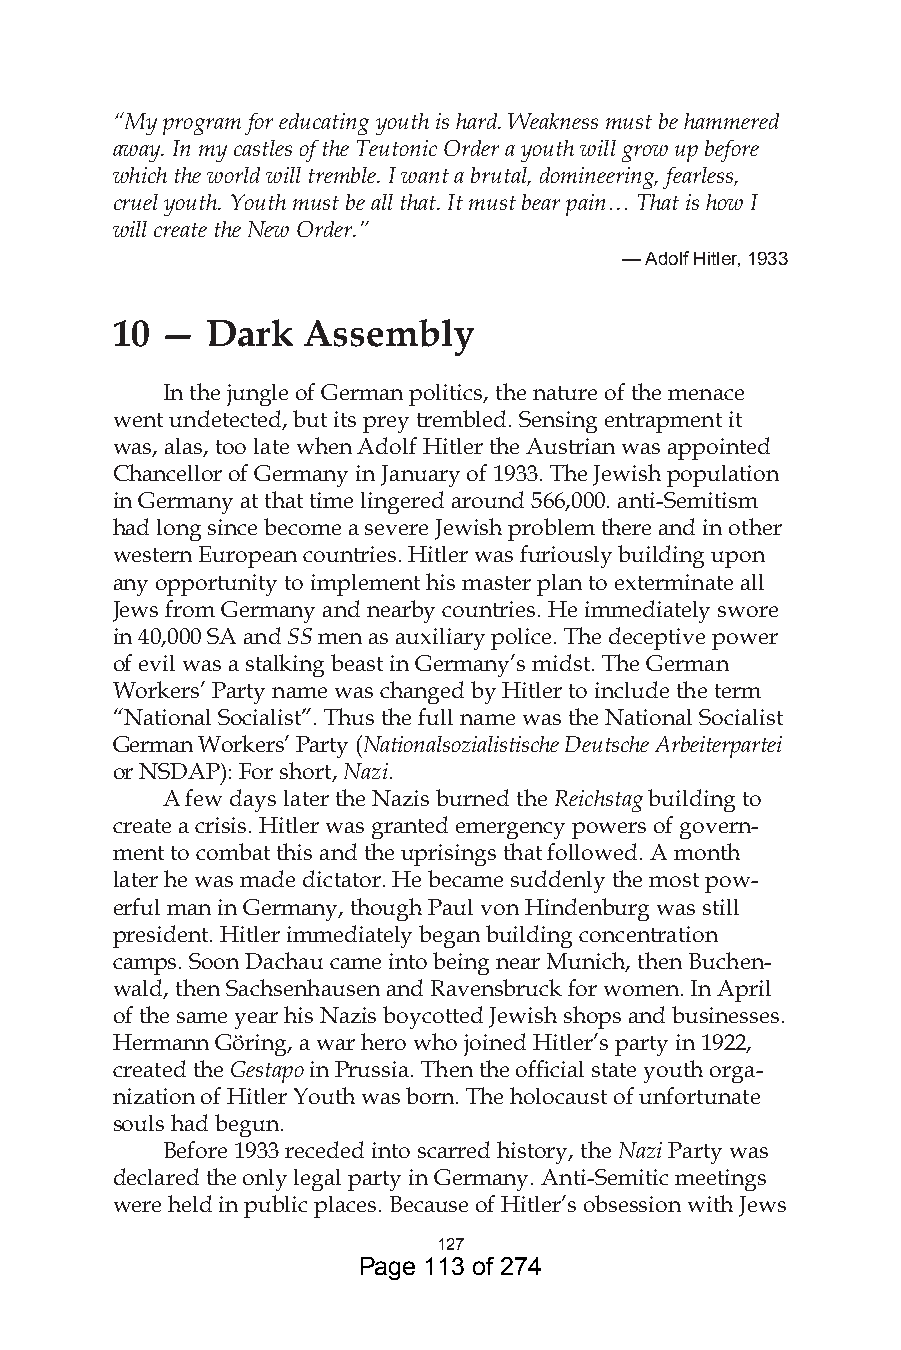
“My program for educating youth is hard. Weakness must be hammered
 away. In my castles of the Teutonic Order a youth will grow up before
 which the world will tremble. I want a brutal, domineering, fearless,
 cruel youth. Youth must be all that. It must bear pain… That is how I
 will create the New Order.”
 — Adolf Hitler, 9
 10  —  Dark  Assembly
 In the jungle of German politics, the nature of the menace
 went undetected, but its prey trembled. Sensing entrapment it
 was, alas, too late when Adolf Hitler the Austrian was appointed
 Chancellor of Germany in January of 1933. The Jewish population
 in Germany at that time lingered around 566,000. anti-Semitism
 had long since become a severe Jewish problem there and in other
 western European countries. Hitler was furiously building upon
 any opportunity to implement his master plan to exterminate all
 Jews from Germany and nearby countries. He immediately swore
 in 40,000 SA and SS men as auxiliary police. The deceptive power
 of evil was a stalking beast in Germany’s midst. The German
 Workers’ Party name was changed by Hitler to include the term
 “National Socialist”. Thus the full name was the National Socialist
 German Workers’ Party (Nationalsozialistische Deutsche Arbeiterpartei
 or NSDAP): For short, Nazi.
 A few days later the Nazis burned the Reichstag building to
 create a crisis. Hitler was granted emergency powers of govern-
 ment to combat this and the uprisings that followed. A month
 later he was made dictator. He became suddenly the most pow-
 erful man in Germany, though Paul von Hindenburg was still
 president. Hitler immediately began building concentration
 camps. Soon Dachau came into being near Munich, then Buchen-
 wald, then Sachsenhausen and Ravensbruck for women. In April
 of the same year his Nazis boycotted Jewish shops and businesses.
 Hermann Göring, a war hero who joined Hitler’s party in 1922,
 created the Gestapo in Prussia. Then the official state youth orga-
 nization of Hitler Youth was born. The holocaust of unfortunate
 souls had begun.
 Before 1933 receded into scarred history, the Nazi Party was
 declared the only legal party in Germany. Anti-Semitic meetings
 were held in public places. Because of Hitler’s obsession with Jews
 7
 Page 113 of 274